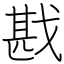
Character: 戡